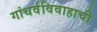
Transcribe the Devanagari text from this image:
गांधर्वविवाहाची